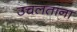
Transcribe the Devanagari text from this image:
उचलतांना